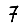
Digit: 7